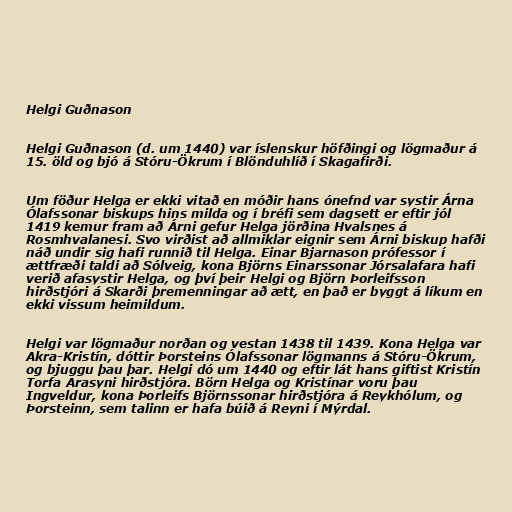
Helgi Guðnason

Helgi Guðnason (d. um 1440) var íslenskur höfðingi og lögmaður á
15. öld og bjó á Stóru-Ökrum í Blönduhlíð í Skagafirði.

Um föður Helga er ekki vitað en móðir hans ónefnd var systir Árna
Ólafssonar biskups hins milda og í bréfi sem dagsett er eftir jól
1419 kemur fram að Árni gefur Helga jörðina Hvalsnes á
Rosmhvalanesi. Svo virðist að allmiklar eignir sem Árni biskup hafði
náð undir sig hafi runnið til Helga. Einar Bjarnason prófessor í
ættfræði taldi að Sólveig, kona Björns Einarssonar Jórsalafara hafi
verið afasystir Helga, og því þeir Helgi og Björn Þorleifsson
hirðstjóri á Skarði þremenningar að ætt, en það er byggt á líkum en
ekki vissum heimildum.

Helgi var lögmaður norðan og vestan 1438 til 1439. Kona Helga var
Akra-Kristín, dóttir Þorsteins Ólafssonar lögmanns á Stóru-Ökrum,
og bjuggu þau þar. Helgi dó um 1440 og eftir lát hans giftist Kristín
Torfa Arasyni hirðstjóra. Börn Helga og Kristínar voru þau
Ingveldur, kona Þorleifs Björnssonar hirðstjóra á Reykhólum, og
Þorsteinn, sem talinn er hafa búið á Reyni í Mýrdal.